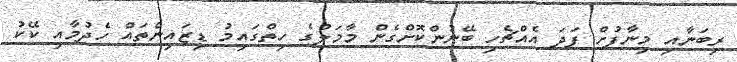
ރިބަނާއި މިނާފުށް ފަދަ އެއްޗެހި ބޭނުންކޮށްގެން މާމަލުގެ ހިތްގައިމު ޑިޒައިންތައް ހެދުމާއި ކޭކު